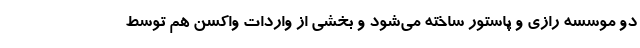
دو موسسه رازی و پاستور ساخته می‌شود و بخشی از واردات واکسن هم توسط